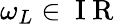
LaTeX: \omega_{L}\in\mathrm{~I~R~}